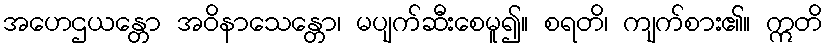
အဟေဌယန္တော အဝိနာသေန္တော၊ မပျက်ဆီးစေမူ၍။ စရတိ၊ ကျက်စား၏။ ဣတိ